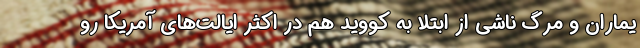
یماران و مرگ‌ ناشی از ابتلا به کووید هم در اکثر ایالت‌های آمریکا رو